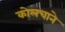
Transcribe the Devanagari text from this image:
कोलचाने